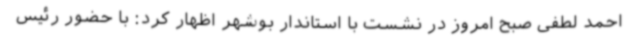
احمد لطفی صبح امروز در نشست با استاندار بوشهر اظهار کرد: با حضور رئیس